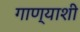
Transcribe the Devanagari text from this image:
गाण्याशी